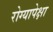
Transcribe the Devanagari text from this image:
रोग्यापेक्षा